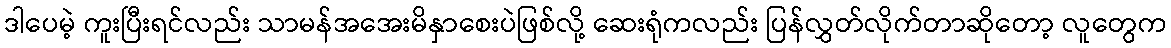
ဒါပေမဲ့ ကူးပြီးရင်လည်း သာမန်အအေးမိနှာစေးပဲဖြစ်လို့ ဆေးရုံကလည်း ပြန်လွှတ်လိုက်တာဆိုတော့ လူတွေက